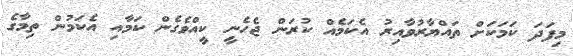
މިފަދަ ކަމަކަށް ތައްޔާރުވާއިރު އެކަމެއް ކުރަން ޖެހެނީ ކީއްވެގެން ކަމާއި އެކަމުން ތިމާގެ